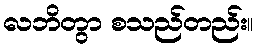
လဘိတွာ စသည်တည်း။